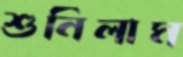
শুনিলাম